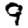
Digit: 9